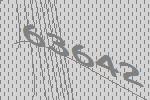
63642